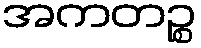
အကတဉ္စ